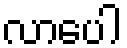
လာပေါ